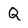
Character: Q